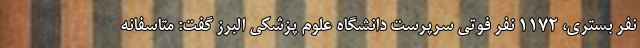
نفر بستری، ۱۱۷۲ نفر فوتی سرپرست دانشگاه علوم پزشکی البرز گفت: متاسفانه